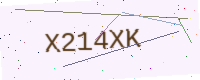
Text: X214XK